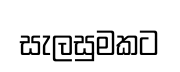
සැලසුමකට